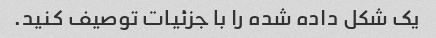
یک شکل داده شده را با جزئیات توصیف کنید.